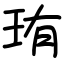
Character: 珛